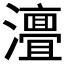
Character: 𭳧